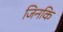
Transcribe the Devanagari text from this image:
जिनकि